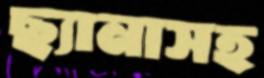
ছ্যানাসহ